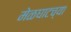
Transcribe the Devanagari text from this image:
मेळघाटच्या